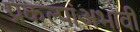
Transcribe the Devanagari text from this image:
प्रकल्पांअभावी